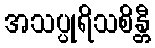
အသပ္ပုရိသစိန္တီ